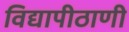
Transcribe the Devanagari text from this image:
विद्यापीठाणी